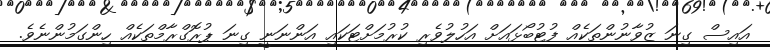
އައިސް ގިނަ ޒުވާނުންތަކެއް ފުޓުބޯޅައަށް އަހުލުވެރި ކުރުމަށްޓަކައި އަންނަނީ ގިނަ ޕުރޮގްރާމްތަކެއް ހިންގަމުންނެވެ.